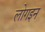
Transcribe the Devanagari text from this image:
लोगइन